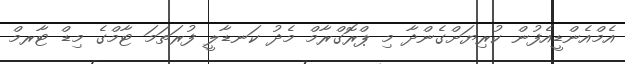
އެމްއެންޑީއެފުން ކުރިޔަށްގެންދާ މި ޕްރޮގްރާމް މެދު ކަނޑާލީ ފުރަތަމަ ޓާމްގެ މިޑް ޓާރމް